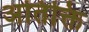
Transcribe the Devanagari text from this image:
अतिक्ति